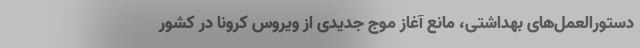
دستورالعمل‌های بهداشتی، مانعِ آغاز موج جدیدی از ویروس کرونا در کشور